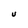
Character: U